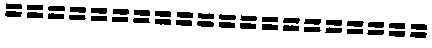
====================